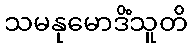
သမနုမောဒိံသူတိ